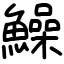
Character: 鱢